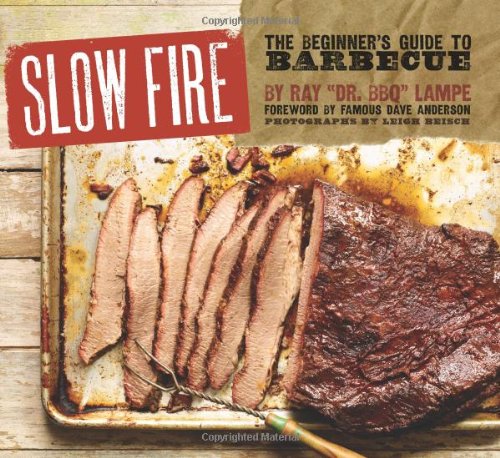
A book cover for Slow Fire: The Beginner's Guide to Barbecue; Ray "DR. BBQ" Lampe; Cookbooks, Food & Wine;